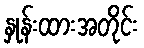
နှုန်းထားအတိုင်း